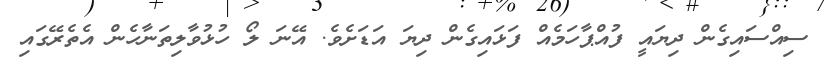
ސިއްސައިގެން ދިޔައީ ފުއްޕާހަމެއް ފަޅައިގެން ދިޔަ އަޑަށެވެ. އޭނަ ލޯ ހުޅުވާލިތަނާހެން އެތެރޭގައި